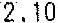
2.10